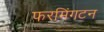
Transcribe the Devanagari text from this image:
फरमिंगटन